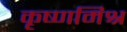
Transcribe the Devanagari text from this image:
कृष्णमिश्र